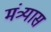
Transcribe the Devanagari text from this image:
मंत्र्यास